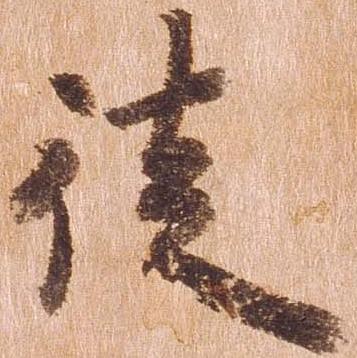
徒